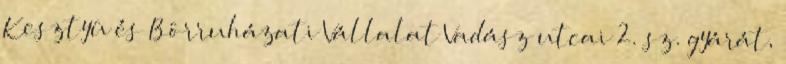
Kesztyû és Bôrruházati Vállalat Vadász utcai 2. sz. gyárát,